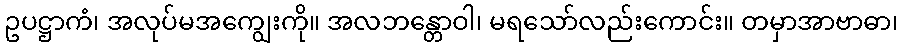
ဥပဋ္ဌာကံ၊ အလုပ်မအကျွေးကို။ အလဘန္တောဝါ၊ မရသော်လည်းကောင်း။ တမှာအာဗာဓာ၊